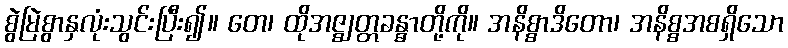
စွဲမြဲစွာနှလုံးသွင်းပြီး၍။ တေ၊ ထိုအဇ္ဈတ္တခန္ဓာတို့ကို။ အနိစ္စာဒိတော၊ အနိစ္စအစရှိသော